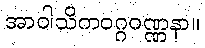
အာဝါသိကဝဂ္ဂဝဏ္ဏနာ။